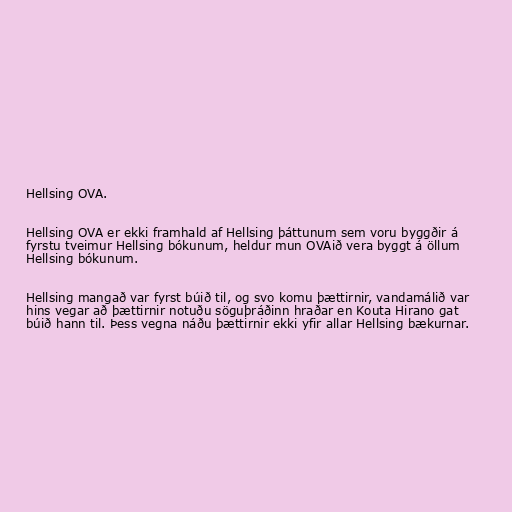
Hellsing OVA.

Hellsing OVA er ekki framhald af Hellsing þáttunum sem voru byggðir á
fyrstu tveimur Hellsing bókunum, heldur mun OVAið vera byggt á öllum
Hellsing bókunum.

Hellsing mangað var fyrst búið til, og svo komu þættirnir, vandamálið var
hins vegar að þættirnir notuðu söguþráðinn hraðar en Kouta Hirano gat
búið hann til. Þess vegna náðu þættirnir ekki yfir allar Hellsing bækurnar.